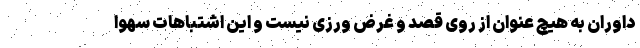
داوران به هیچ عنوان از روی قصد و غرض ورزی‌ نیست و این اشتباهات سهوا